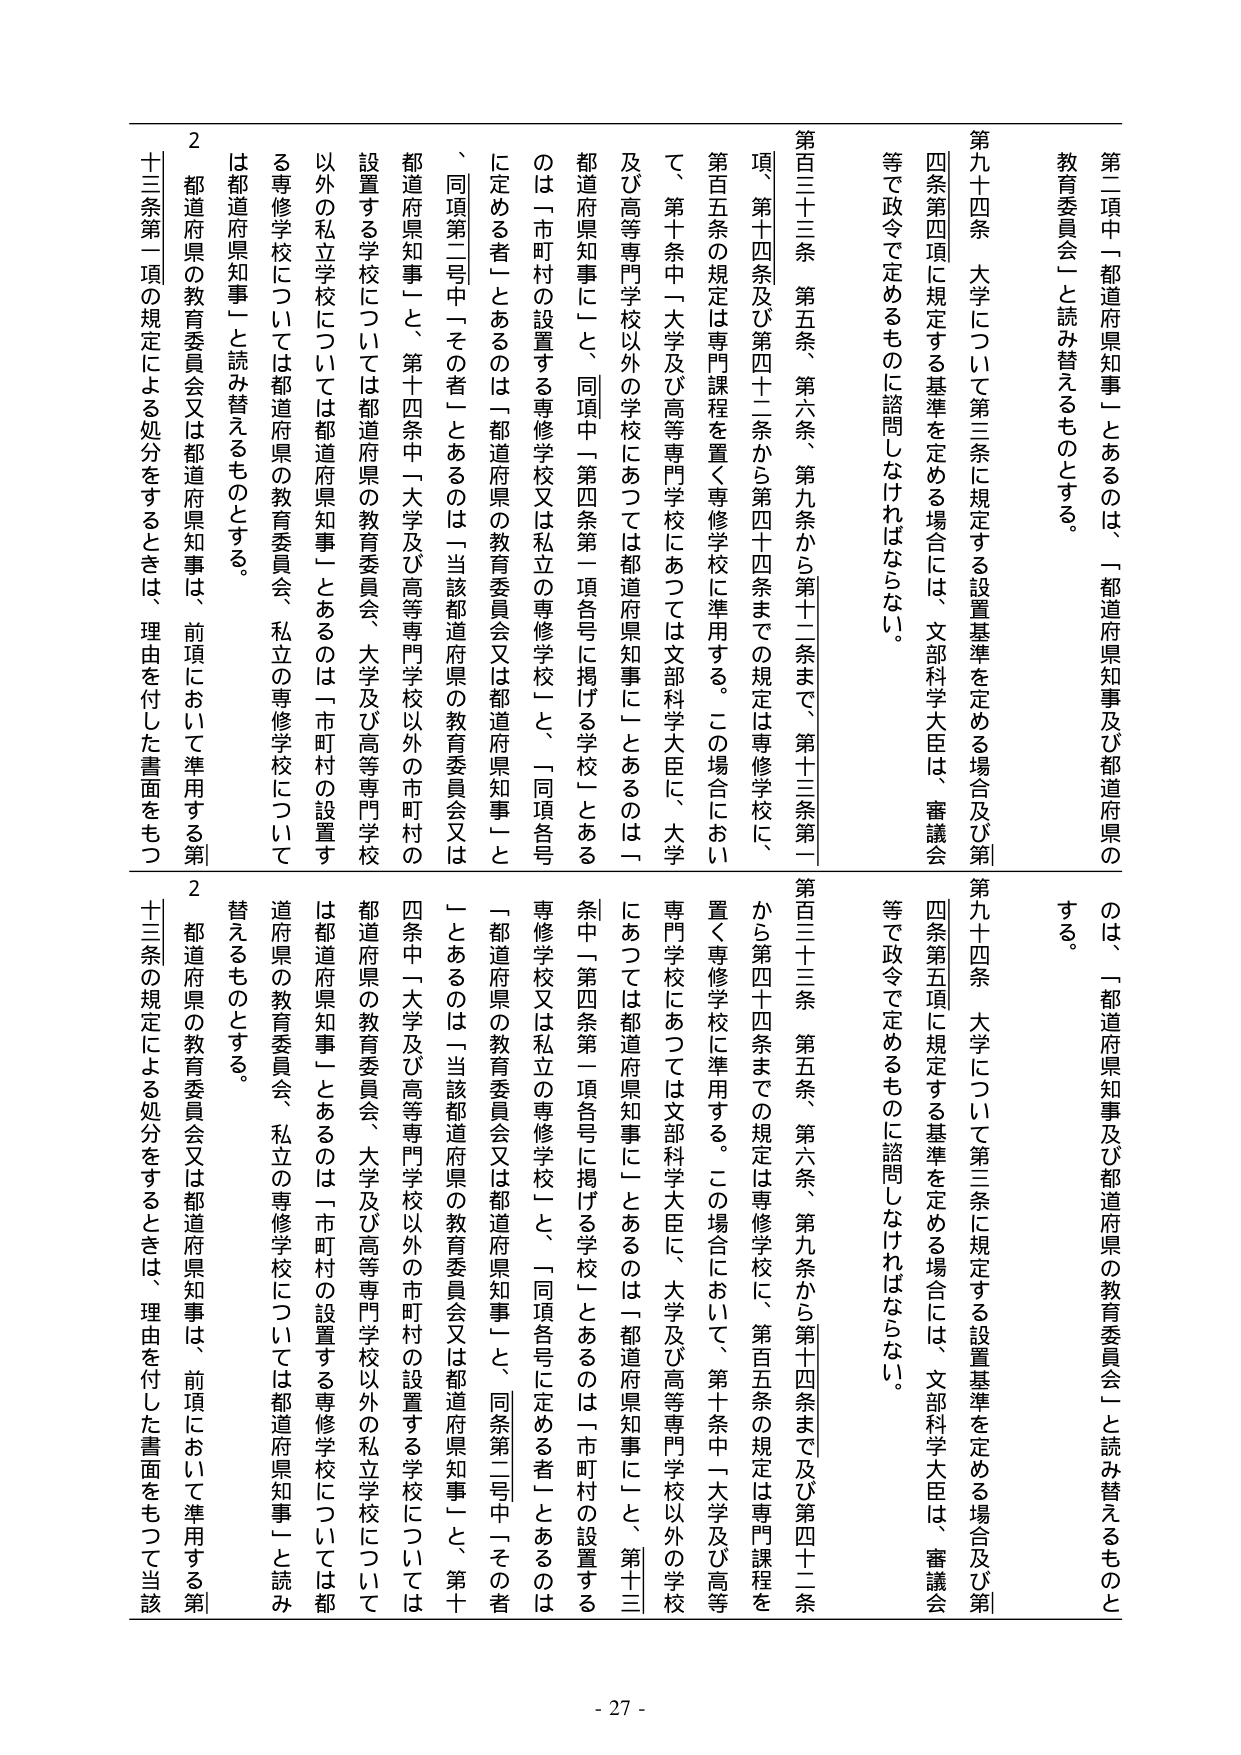
第二項中「都道府県知事」とあるのは、「都道府県知事及び都道府県の教育委員会」と読み替えるものとする。

第九十四条　大学について第三条に規定する設置基準を定める場合及び第四条第四項に規定する基準を定める場合には、文部科学大臣は、審議会等で政令で定めるものに諮問しなければならない。

第百三十三条　第五条、第六条、第九条から第十二条まで、第十三条第一項、第十四条及び第四十二条から第四十四条までの規定は専修学校に、第百五条の規定は専門課程を置く専修学校に準用する。この場合において、第十条中「大学及び高等専門学校にあつては文部科学大臣に、大学及び高等専門学校以外の学校にあつては都道府県知事に」とあるのは「都道府県知事に」と、同項中「第四条第一項各号に掲げる学校」とあるのは「市町村の設置する専修学校又は私立の専修学校」と、「同項各号に定める者」とあるのは「都道府県の教育委員会又は都道府県知事」と、同項第二号中「その者」とあるのは「当該都道府県の教育委員会又は都道府県知事」と、第十四条中「大学及び高等専門学校以外の市町村の設置する学校については都道府県の教育委員会、大学及び高等専門学校以外の私立学校については都道府県知事」とあるのは「市町村の設置する専修学校については都道府県の教育委員会、私立の専修学校については都道府県知事」と読み替えるものとする。

２　都道府県の教育委員会又は都道府県知事は、前項において準用する第十三条第一項の規定による処分をするときは、理由を付した書面をもつ

第二項中「都道府県知事」とあるのは、「都道府県知事及び都道府県の教育委員会」と読み替えるものとする。

第九十四条　大学について第三条に規定する設置基準を定める場合及び第四条第五項に規定する基準を定める場合には、文部科学大臣は、審議会等で政令で定めるものに諮問しなければならない。

第百三十三条　第五条、第六条、第九条から第十四条まで及び第四十二条から第四十四条までの規定は専修学校に、第百五条の規定は専門課程を置く専修学校に準用する。この場合において、第十条中「大学及び高等専門学校にあつては文部科学大臣に、大学及び高等専門学校以外の学校にあつては都道府県知事に」とあるのは「都道府県知事に」と、第十三条中「第四条第一項各号に掲げる学校」とあるのは「市町村の設置する専修学校又は私立の専修学校」と、「同項各号に定める者」とあるのは「都道府県の教育委員会又は都道府県知事」と、同条第二号中「その者」とあるのは「当該都道府県の教育委員会又は都道府県知事」と、第十条中「大学及び高等専門学校以外の市町村の設置する学校については都道府県の教育委員会、大学及び高等専門学校以外の私立学校については都道府県知事」とあるのは「市町村の設置する専修学校については都道府県の教育委員会、私立の専修学校については都道府県知事」と読み替えるものとする。

２　都道府県の教育委員会又は都道府県知事は、前項において準用する第十三条の規定による処分をするときは、理由を付した書面をもつて当該

- 27 -